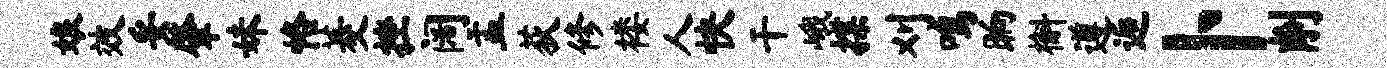
娘效妥肇妹恪菱挫阔盂荻修楼人快干峨揲刈鸣晌槲遵逅卜削